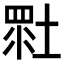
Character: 𡎯